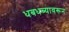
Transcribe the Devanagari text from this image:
धबधब्यावरून